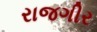
રાજગીર